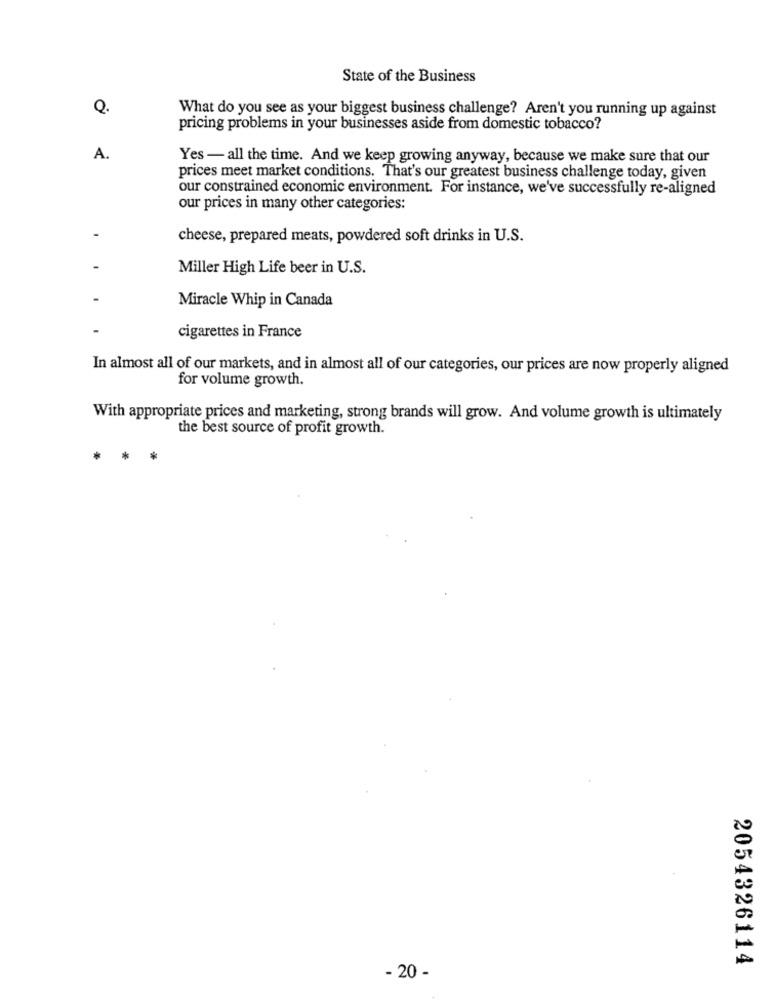
State of the Business
Q.
What do you see as your biggest business challenge? Aren't you running up against
pricing problems in your businesses aside from domestic tobacco?
A.
Yes - all the time. And we keep growing anyway, because we make sure that our
prices meet market conditions. That's our greatest business challenge today, given
our constrained economic environment. For instance, we've successfully re-aligned
our prices in many other categories:
cheese, prepared meats, powdered soft drinks in U.S.
Miller High Life beer in U.S.
Miracle Whip in Canada
cigarettes in France
In almost all of our markets, and in almost all of our categories, our prices are now properly aligned
for volume growth.
With appropriate prices and marketing, strong brands will grow. And volume growth is ultimately
the best source of profit growth.
*
2054326114
- 20 -